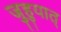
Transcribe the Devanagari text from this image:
जुहुयात्‌